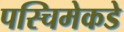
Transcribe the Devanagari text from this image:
पस्चिमेकडे